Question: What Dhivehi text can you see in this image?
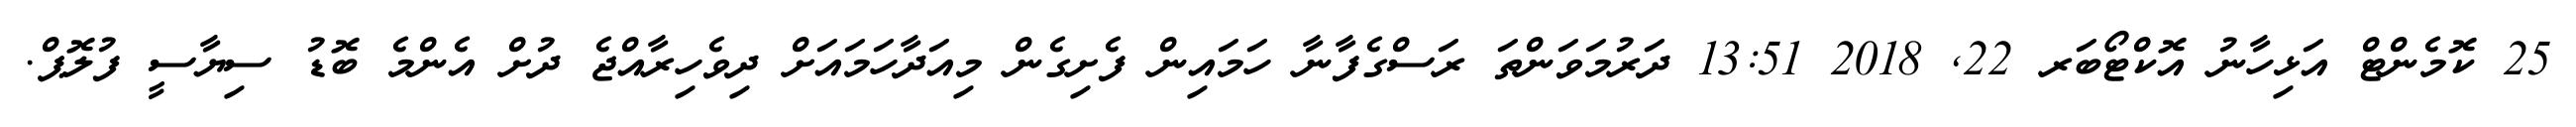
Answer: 25 ކޮމެންޓް އަޅިހާނު އޮކްޓޯބަރ 22, 2018 13:51 ދަރުމަވަންތަ ރަސްގެފާނާ ހަމައިން ފެށިގެން މިއަދާހަމައަށް ދިވެހިރާއްޖެ ދުށް އެންމެ ބޮޑު ސިޔާސީ ފުލޮޕް.